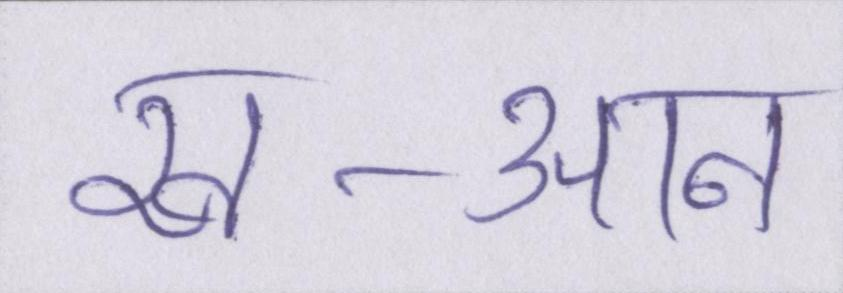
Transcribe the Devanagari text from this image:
ख-आन